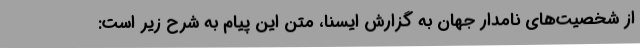
از شخصیت‌های نامدار جهان به گزارش ایسنا، متن این پیام به شرح زیر است: